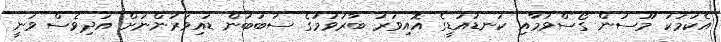
އެކަމަކު މޫސުން ގޯސްވުމާއި ކަނޑުއަޑީގެ އޮއިވަރު ބާރުވުމުގެ ސަބަބުން ޑައިވަރުންނަށް އަދިވެސް ވަނީ